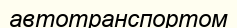
автотранспортом